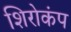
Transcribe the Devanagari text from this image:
शिरोकंप